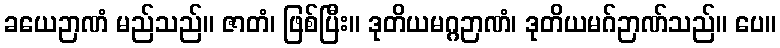
ခယေဉာဏံ မည်သည်။ ဇာတံ၊ ဖြစ်ပြီး။ ဒုတိယမဂ္ဂဉာဏံ၊ ဒုတိယမဂ်ဉာဏ်သည်။ ပေ။